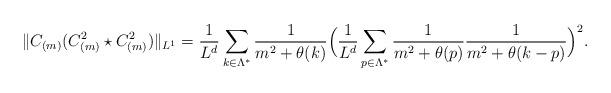
LaTeX: \begin{align*}\|C_{(m)}(C_{(m)}^2\star C_{(m)}^2)\|_{L^1} = \frac{1}{L^{d}}\sum_{k\in\Lambda^*} \frac{1}{m^2+\theta(k)}\Big(\frac{1}{L^{d}}\sum_{p\in\Lambda^*}\frac{1}{m^2+\theta(p)}\frac{1}{m^2+\theta(k-p)}\Big)^2.\end{align*}